Plague in India, 1896, 1897 - Volume 4
Year: 1896
Disease focus: Plague
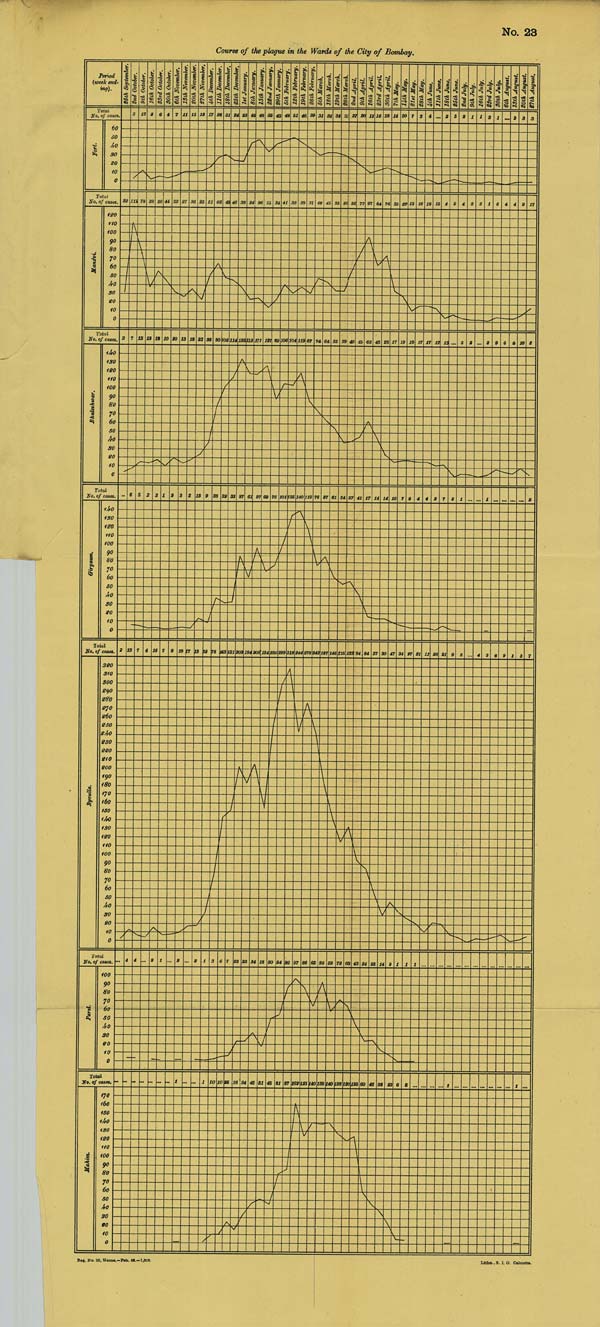
No. 23
Course of the plague in the Wards of the City of Bombay.
Reg. No. 29, Home.–Feb. 98.—1,000. Litho., S. I. O. Calcutta.